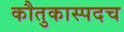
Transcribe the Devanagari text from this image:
कौतुकास्पदच